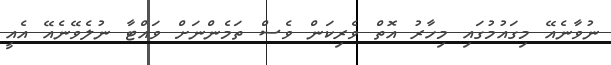
ނުވާނެއޭ މިގައުމުގައި މިހާރު އޮތް ވެރިކަން ވެސް ތަމެންނަށް ވައްޓާ ނުލެވޭނެއޭ އެއީ